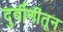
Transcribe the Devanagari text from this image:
दुर्बीणींतून